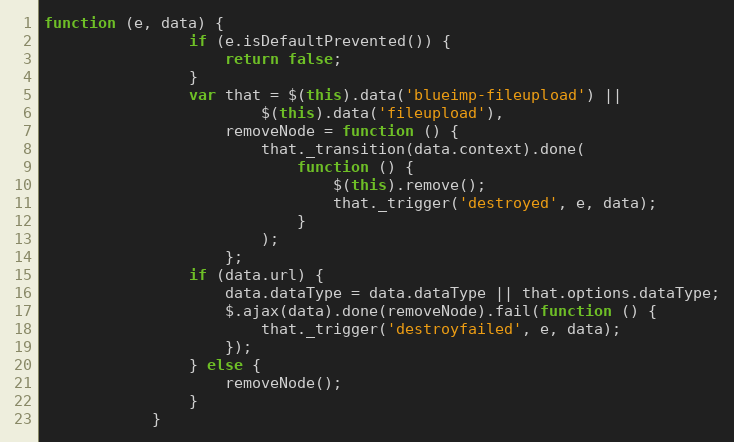
Language: JavaScript
function (e, data) {
                if (e.isDefaultPrevented()) {
                    return false;
                }
                var that = $(this).data('blueimp-fileupload') ||
                        $(this).data('fileupload'),
                    removeNode = function () {
                        that._transition(data.context).done(
                            function () {
                                $(this).remove();
                                that._trigger('destroyed', e, data);
                            }
                        );
                    };
                if (data.url) {
                    data.dataType = data.dataType || that.options.dataType;
                    $.ajax(data).done(removeNode).fail(function () {
                        that._trigger('destroyfailed', e, data);
                    });
                } else {
                    removeNode();
                }
            }